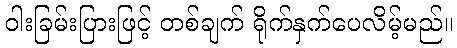
ဝါးခြမ်းပြားဖြင့် တစ်ချက် ရိုက်နှက်ပေလိမ့်မည်။